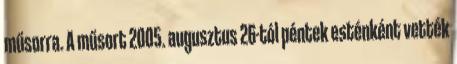
műsorra. A műsort 2005. augusztus 26-tól péntek esténként vették